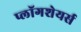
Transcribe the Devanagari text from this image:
प्लॉगशेयर्स